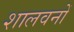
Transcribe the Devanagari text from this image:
शालवनों